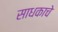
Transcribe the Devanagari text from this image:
साधकाचे